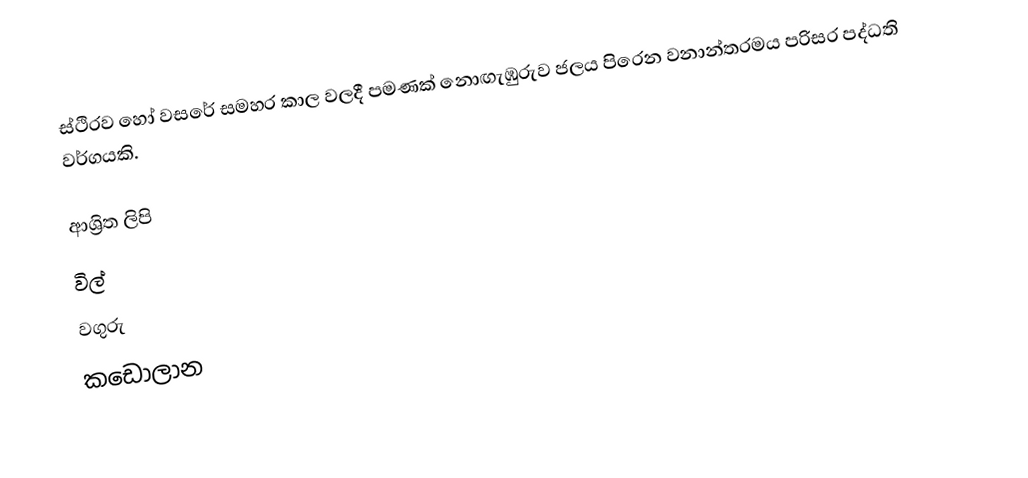
ස්ථිරව හෝ වසරේ සමහර කාල වලදී පමණක් නොඟැඹුරුව  ජලය පිරෙන වනාන්තරමය පරිසර පද්ධති වර්ගයකි.

ආශ්‍රිත ලිපි
 විල්
 වගුරු
 කඩොලාන